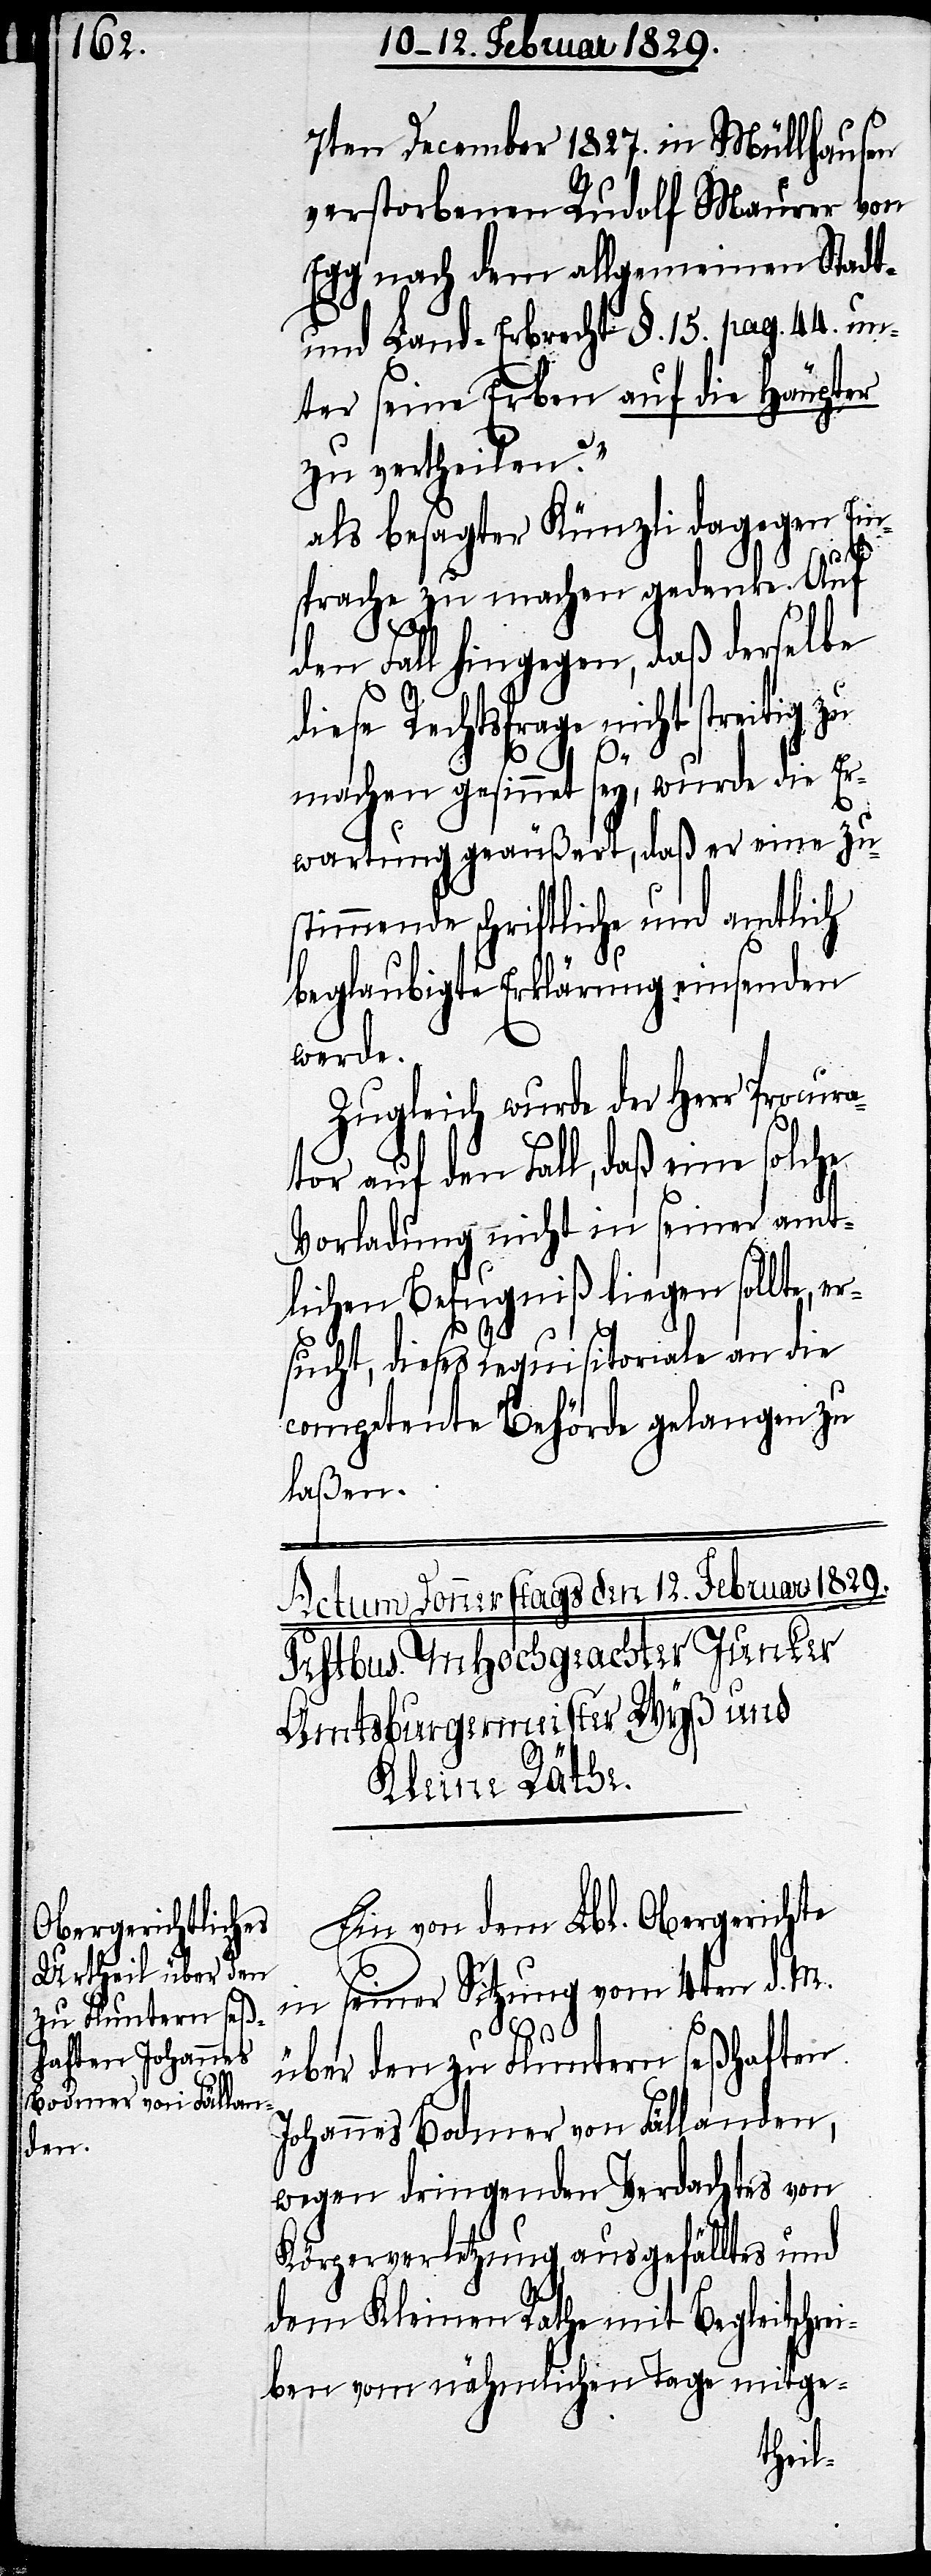
Ein von dem Lbl. Obergerichte
in seiner Sitzung vom 4ten d. M.
über den zu Fluntern seßhaften
Johannes Bodmer von Fällanden,
wegen dringenden Verdachts von
Körperverletzung, ausgefälltes und
dem Kleinen Rathe mit Begleitschrei¬
ben vom nähmlichen Tage mitge-